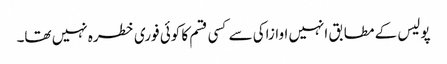
پولیس کے مطابق انہیں اوازاکی سے کسی قسم کا کوئی فوری خطرہ نہیں تھا۔